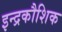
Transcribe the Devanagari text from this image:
इन्द्रकौशिक